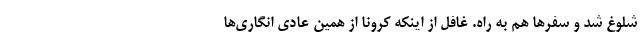
شلوغ شد و سفرها هم به راه. غافل از اینکه کرونا از همین عادی انگاری‌ها